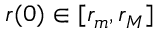
r ( 0 ) \in [ r _ { m } , r _ { M } ]